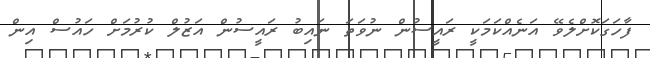
ފާހަގަކޮށްލެވޭ އަނެއްކަމަކީ ރައީސުން ނުވަތަ ނައިބު ރައީސުން އަޒުލް ކުރުމަށް ހައުސް އިން